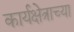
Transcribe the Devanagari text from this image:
कार्यक्षेत्राच्या